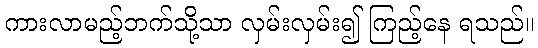
ကားလာမည့်ဘက်သို့သာ လှမ်းလှမ်း၍ ကြည့်နေ ရသည်။